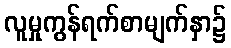
လူမှုကွန်ရက်စာမျက်နှာ၌